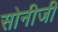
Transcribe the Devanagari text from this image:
सोनीजी